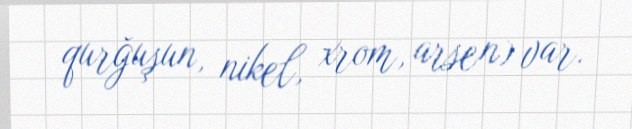
qurğuşun, nikel, xrom, arsen) var.